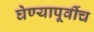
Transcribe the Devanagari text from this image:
घेण्यापूर्वीच